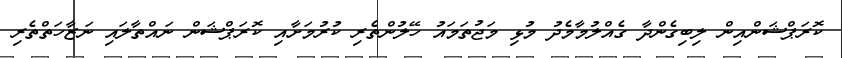
ކޮރަޕްޝަންއިން ލިބިގެންދާ ގެއްލުމާމެދު މުޅި މަޖުތަމައު ހޭލުންތެރި ކުރުމަށާއި ކޮރަޕްޝަން ނައްތާލައި ނަޒާހަތްތެރި